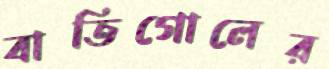
বাতিগোলের